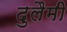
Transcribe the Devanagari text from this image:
दुलैमी